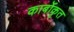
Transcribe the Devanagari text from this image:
कार्बोकृत